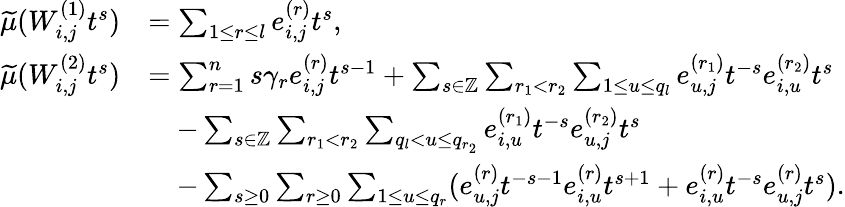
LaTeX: \begin{array}{rl}{\widetilde{\mu}(W_{i,j}^{(1)}t^{s})}&{=\sum_{1\leq r\leq l}e_{i,j}^{(r)}t^{s},}\\ {\widetilde{\mu}(W_{i,j}^{(2)}t^{s})}&{=\sum_{r=1}^{n}s\gamma_{r}e_{i,j}^{(r)}t^{s-1}+\sum_{s\in\mathbb{Z}}\sum_{r_{1}<r_{2}}\sum_{1\leq u\leq q_{l}}e_{u,j}^{(r_{1})}t^{-s}e_{i,u}^{(r_{2})}t^{s}}\\ &{\quad-\sum_{s\in\mathbb{Z}}\sum_{r_{1}<r_{2}}\sum_{q_{l}<u\leq q_{r_{2}}}e_{i,u}^{(r_{1})}t^{-s}e_{u,j}^{(r_{2})}t^{s}}\\ &{\quad-\sum_{s\geq 0}\sum_{r\geq 0}\sum_{1\leq u\leq q_{r}}(e_{u,j}^{(r)}t^{-s-1}e_{i,u}^{(r)}t^{s+1}+e_{i,u}^{(r)}t^{-s}e_{u,j}^{(r)}t^{s}).}\end{array}